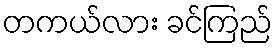
တကယ်လား ခင်ကြည်